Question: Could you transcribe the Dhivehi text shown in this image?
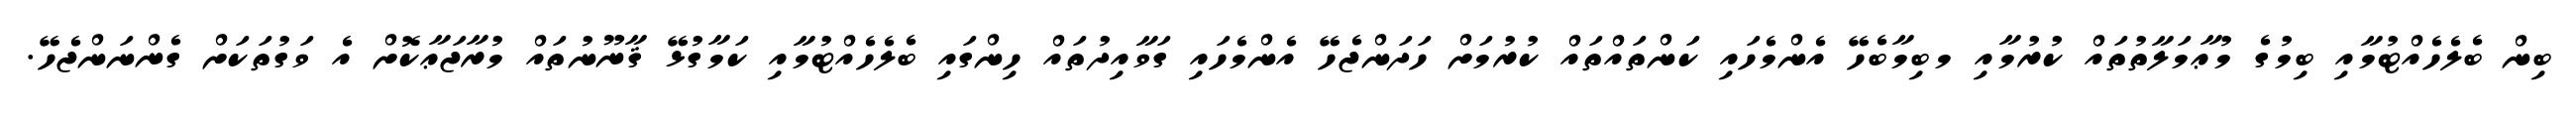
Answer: ބިން ބެލެހެއްޓުމާއި ބިމުގެ މުޢާމަލާތުތައް ކުރުމާއި މބިމާބެހޭ އެންމެހައި ކަންތައްތައް ކުރުމަށް ހަދަންޖެހޭ އެންމެހައި ގަވާއިދުތައް ހިންގައި ބެލެހެއްޓުމާއި ކަމާގުޅޭ ޤާނޫނުތައް މުރާޖަޢާކޮށް އެ ވަގުތަކަށް ގެންނަންޖެހޭ.